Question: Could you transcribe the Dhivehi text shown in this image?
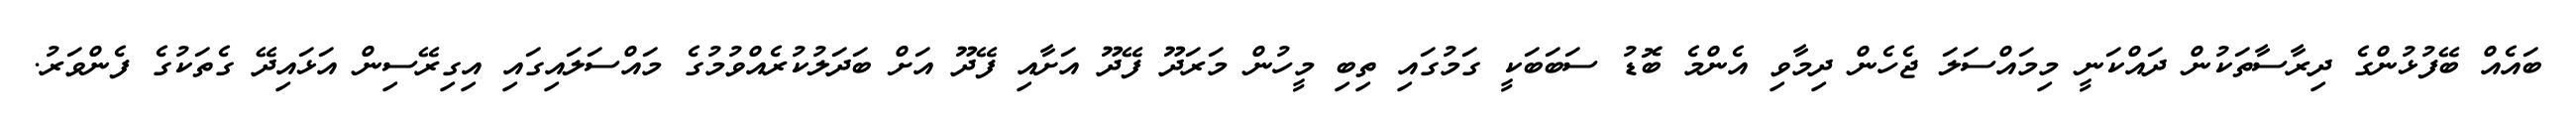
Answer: ބައެއް ބޭފުޅުންގެ ދިރާސާތަކުން ދައްކަނީ މިމައްސަލަ ޖެހެން ދިމާވި އެންމެ ބޮޑު ސަބަބަކީ ގަމުގައި ތިބި މީހުން މަރަދޫ ފޭދޫ އަށާއި ފޭދޫ އަށް ބަދަލުކުރެއްވުމުގެ މައްސަލައިގައި އިގިރޭސިން އަޅައިދޭ ގެތަކުގެ ފެންވަރު.